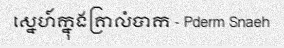
ស្នេហ៍ក្នុងគ្រាលំបាក - Pderm Snaeh